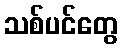
သစ်ပင်တွေ